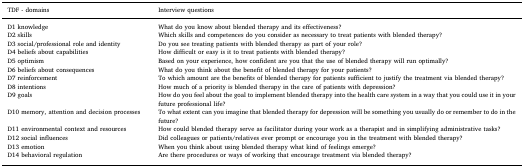
<table><thead><tr><td><b>TDF - domains</b></td><td><b>Interview questions</b></td></tr></thead><tbody><tr><td>D1 knowledge</td><td>What do you know about blended therapy and its effectiveness?</td></tr><tr><td>D2 skills</td><td>Which skills and competences do you consider as necessary to treat patients with blended therapy?</td></tr><tr><td>D3 social/professional role and identity</td><td>Do you see treating patients with blended therapy as part of your role?</td></tr><tr><td>D4 beliefs about capabilities</td><td>How difficult or easy is it to treat patients with blended therapy?</td></tr><tr><td>D5 optimism</td><td>Based on your experience, how confident are you that the use of blended therapy will run optimally?</td></tr><tr><td>D6 beliefs about consequences</td><td>What do you think about the benefit of blended therapy for your patients?</td></tr><tr><td>D7 reinforcement</td><td>To which amount are the benefits of blended therapy for patients sufficient to justify the treatment via blended therapy?</td></tr><tr><td>D8 intentions</td><td>How much of a priority is blended therapy in the care of patients with depression?</td></tr><tr><td>D9 goals</td><td>How do you feel about the goal to implement blended therapy into the health care system in a way that you could use it in your future professional life?</td></tr><tr><td>D10 memory, attention and decision processes</td><td>To what extent can you imagine that blended therapy for depression will be something you usually do or remember to do in the future?</td></tr><tr><td>D11 environmental context and resources</td><td>How could blended therapy serve as facilitator during your work as a therapist and in simplifying administrative tasks?</td></tr><tr><td>D12 social influences</td><td>Did colleagues or patients/relatives ever prompt or encourage you in the treatment with blended therapy?</td></tr><tr><td>D13 emotion</td><td>When you think about using blended therapy what kind of feelings emerge?</td></tr><tr><td>D14 behavioral regulation</td><td>Are there procedures or ways of working that encourage treatment via blended therapy?</td></tr></tbody></table>